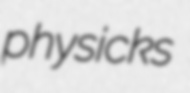
physicks